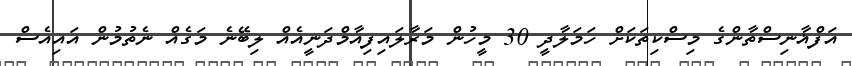
އަފްޣާނިސްތާންގެ މިސްކިތަކަށް ހަމަލާދީ 30 މީހުން މަރާލައިފިއާމްދަނީއެއް ލިބޭނެ މަގެއް ނެތުމުން އައިއެސް